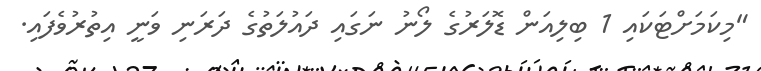
"މިކަމަށްޓަކައި 1 ބިލިއަން ޑޮލަރުގެ ލޯނު ނަގައި ދައުލަތުގެ ދަރަނި ވަނީ އިތުރުވެފައި.